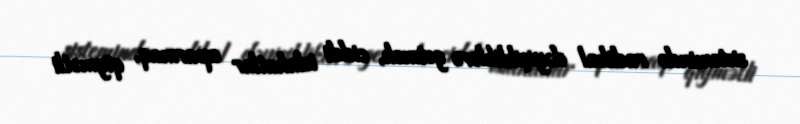
sistemində radikal dəyişikliklərə getmək, ciddi islahatlar aparmaq, qiymətli